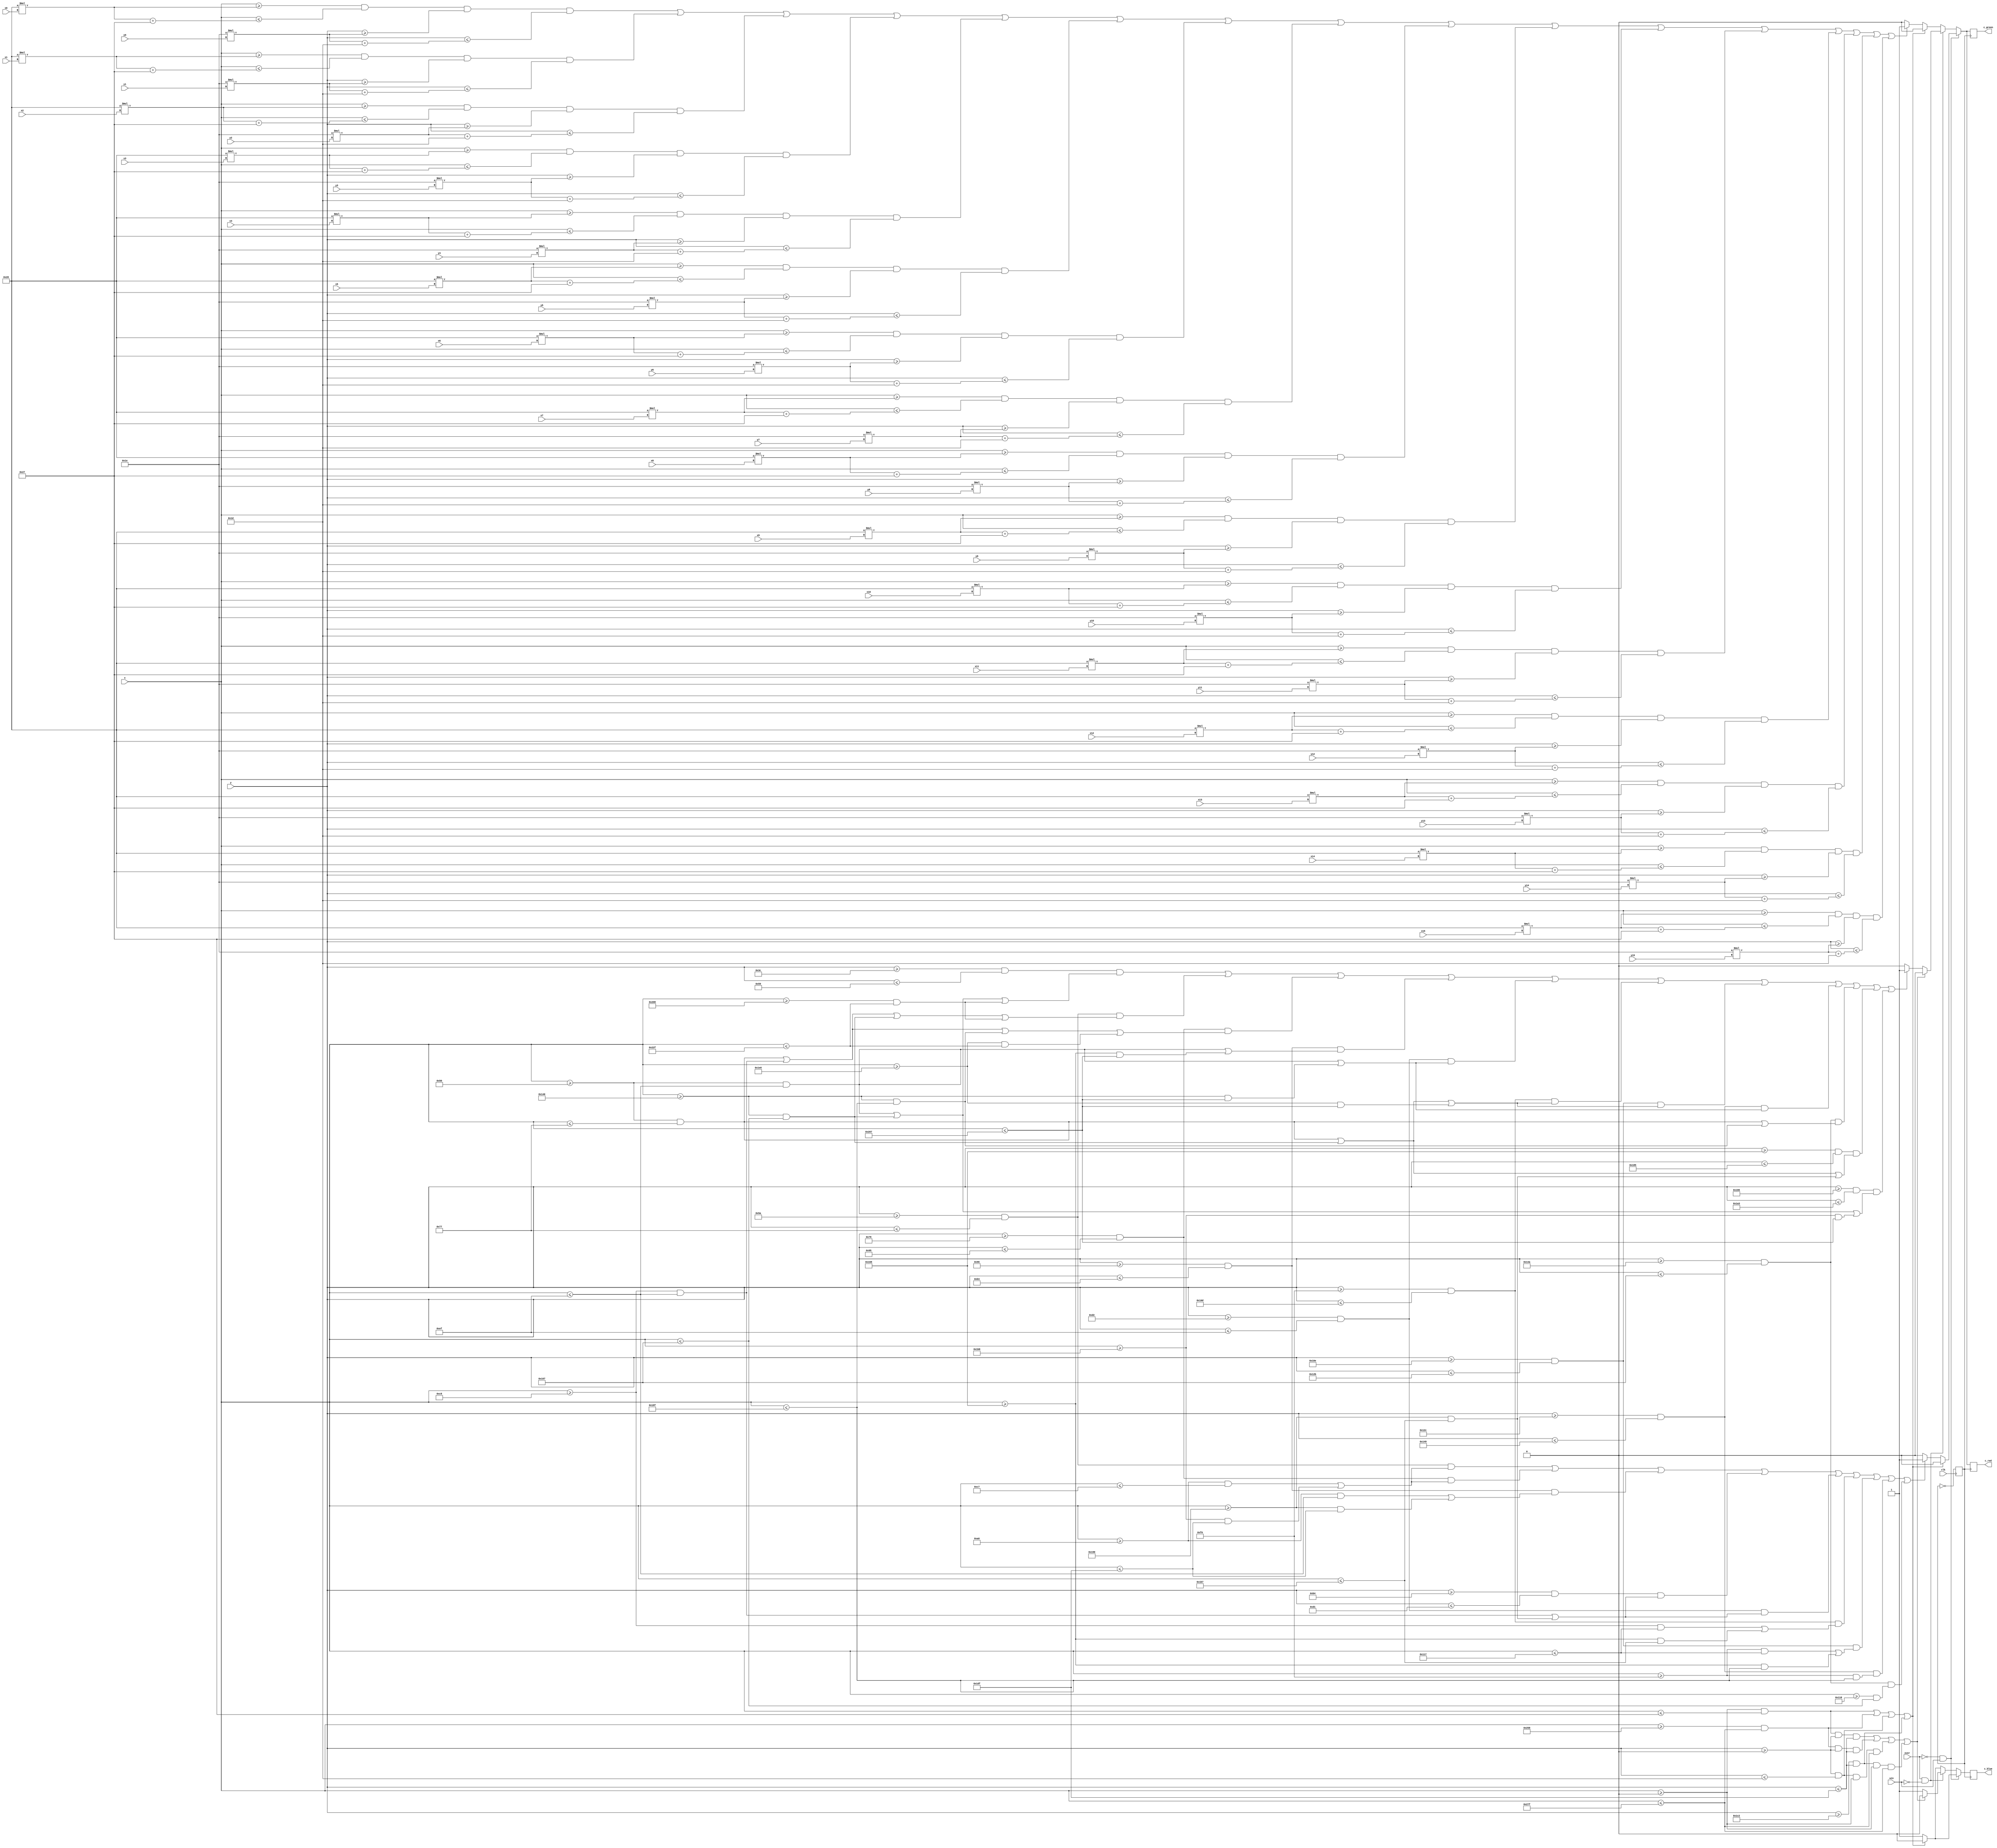
`timescale 1ns / 1ps
//////////////////////////////////////////////////////////////////////////////////
// Company: 
// Engineer: 
// 
// Design Name: 
// Module Name:    transform 
// Project Name: 
// Target Devices: 
// Tool versions: 
// Description: 
//
// Dependencies: 
//
// Revision: 
// Revision 0.01 - File Created
// Additional Comments: 
//
//////////////////////////////////////////////////////////////////////////////////
module transform(
    input clk,
    input [5:0] x0,
    input [5:0] x1,
    input [5:0] x2,
    input [5:0] x3,
    input [5:0] x4,
    input [5:0] x5,
    input [5:0] x6,
    input [5:0] x7,
    input [5:0] x8,
    input [5:0] x9,
    input [5:0] x10,
    input [5:0] x11,
    input [5:0] x12,
    input [5:0] x13,
    input [5:0] x14,
    input [5:0] x15,
    input [5:0] y0,
    input [5:0] y1,
    input [5:0] y2,
    input [5:0] y3,
    input [5:0] y4,
    input [5:0] y5,
    input [5:0] y6,
    input [5:0] y7,
    input [5:0] y8,
    input [5:0] y9,
    input [5:0] y10,
    input [5:0] y11,
    input [5:0] y12,
    input [5:0] y13,
    input [5:0] y14,
    input [5:0] y15,
    input over,
    input win,
    input [9:0] x,
    input [9:0] y,
    output c_red,
    output c_green,
    output c_blue
    );

reg clk2;
always @(posedge clk)
   clk2 <= ~clk2; //2,25M
	
reg red;
reg blue;
reg green;


assign c_red=red;
assign c_green=green;
assign c_blue=blue;


always @(posedge clk2)
  begin
  if(over==0 && win==1)
    begin
     if((x>=0 && x<=39) || (x>=600 && x<=639) || (y>=0 && y<=29) || (y>=450 && y<=479))
      begin
		blue<=0;
		red<=0;
		green<=0;
	   end
	  else if( ((y>=90 && y<=119)&&((x>=160 && x<=199)||(x>=440&&x<=479))) ||
              ((y>=120 && y<=149)&&((x>=160 && x<=199)||(x>=440&&x<=479))) ||
              ((y>=150 && y<=179)&&((x>=160 && x<=239)||(x>=400&&x<=479)))||
              ((y>=180 && y<=209)&&((x>=200 && x<=239)||(x>=400&&x<=439)))||				  
              ((y>=210 && y<=239)&&((x>=200 && x<=239)||(x>=400&&x<=439)))||		
              ((y>=240 && y<=269)&&((x>=200 && x<=279)||(x>=360&&x<=439)))||
              ((y>=270 && y<=299)&&((x>=240 && x<=279)||(x>=360&&x<=399)))||
              ((y>=300 && y<=329)&&((x>=240 && x<=399)))||
              ((y>=330 && y<=359)&&((x>=280 && x<=359)))  )
				 begin
				 blue<=1;
		       red<=1;
		       green<=1;
				 end
		else
         begin
			blue<=1;
		   red<=0;
		   green<=0;
         end			
    end
  else if(over==1 && win==0)
    begin
     if((x>=0 && x<=39 && y>=0 && y<=479) || (x>=600 && x<=639 && y>=0 && y<=479) || (y>=0 && y<=29 && x>=0 && x<=639) || (y>=450 && y<=479 && x>=0 && x<=639))
      begin
		blue<=0;
		red<=0;
		green<=0;
	   end
	  else if( ((y>=60 && y<=89)&&((x>=80 && x<=239)||(x>=320&&x<=359)||(x>=520&&x<=559))) ||
	           ((y>=90 && y<=119)&&((x>=80 && x<=119)||(x>=200&&x<=239)||(x>=320&&x<=359)||(x>=520&&x<=559))) ||
              ((y>=120 && y<=149)&&((x>=80 && x<=119)||(x>=200&&x<=239)||(x>=320&&x<=399)||(x>=480&&x<=559))) ||
              ((y>=150 && y<=179)&&((x>=80 && x<=239)||(x>=360&&x<=519)))||		
              ((y>=210 && y<=239)&&((x>=80 && x<=239)||(x>=320&&x<=519)))||		
              ((y>=240 && y<=269)&&((x>=80 && x<=119)||(x>=320&&x<=359)||(x>=480&&x<=519)))||
              ((y>=270 && y<=299)&&((x>=80 && x<=119)||(x>=320&&x<=359)||(x>=480&&x<=519)))||
              ((y>=300 && y<=329)&&((x>=80 && x<=239)||(x>=320&&x<=519)))||
              ((y>=330 && y<=359)&&((x>=80 && x<=119)||(x>=320&&x<=399)))||
				  ((y>=360 && y<=389)&&((x>=80 && x<=119)||(x>=320&&x<=359)||(x>=400&&x<=439)))||
				  ((y>=390 && y<=419)&&((x>=80 && x<=239)||(x>=320&&x<=359)||(x>=440&&x<=519)))  )
				 begin
			   blue<=1;
		       red<=1;
		       green<=1;
				 end
		else
         begin
			blue<=1;
		   red<=0;
		   green<=0;
         end			
    end

else
    begin
     if((x>=0 && x<=39) || (x>=600 && x<=639) || (y>=0 && y<=29) || (y>=450 && y<=479))
      begin
		blue<=0;
		red<=0;
		green<=0;
	   end
	 else if( (x>=(40*x0) && x<=(40*x0+39) && y>=(30*y0) && y<=(30*y0+29)) ||
	           (x>=(40*x1) && x<=(40*x1+39) && y>=(30*y1) && y<=(30*y1+29)) ||
				  (x>=(40*x2) && x<=(40*x2+39) && y>=(30*y2) && y<=(30*y2+29)) ||
				  (x>=(40*x3) && x<=(40*x3+39) && y>=(30*y3) && y<=(30*y3+29)) ||
				  (x>=(40*x4) && x<=(40*x4+39) && y>=(30*y4) && y<=(30*y4+29)) ||
				  (x>=(40*x5) && x<=(40*x5+39) && y>=(30*y5) && y<=(30*y5+29)) ||
				  (x>=(40*x6) && x<=(40*x6+39) && y>=(30*y6) && y<=(30*y6+29)) ||
				  (x>=(40*x7) && x<=(40*x7+39) && y>=(30*y7) && y<=(30*y7+29)) ||
				  (x>=(40*x8) && x<=(40*x8+39) && y>=(30*y8) && y<=(30*y8+29)) ||
				  (x>=(40*x9) && x<=(40*x9+39) && y>=(30*y9) && y<=(30*y9+29)) ||
				  (x>=(40*x10) && x<=(40*x10+39) && y>=(30*y10) && y<=(30*y10+29)) ||
				  (x>=(40*x11) && x<=(40*x11+39) && y>=(30*y11) && y<=(30*y11+29)) ||
				  (x>=(40*x12) && x<=(40*x12+39) && y>=(30*y12) && y<=(30*y12+29)) ||
				  (x>=(40*x13) && x<=(40*x13+39) && y>=(30*y13) && y<=(30*y13+29)) ||
				  (x>=(40*x14) && x<=(40*x14+39) && y>=(30*y14) && y<=(30*y14+29)) ||
				  (x>=(40*x15) && x<=(40*x15+39) && y>=(30*y15) && y<=(30*y15+29)) )
				 begin
				 blue<=1;
		       red<=1;
		       green<=1;
				 end
		else
         begin
			blue<=1;
		   red<=0;
		   green<=0;
         end			
    end
  end

endmodule